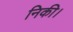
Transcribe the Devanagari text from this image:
निकी।